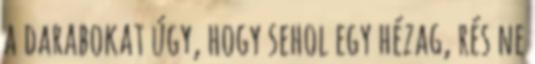
a darabokat úgy, hogy sehol egy hézag, rés ne